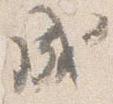
成